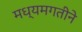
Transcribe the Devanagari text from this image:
मध्यमगतीने